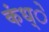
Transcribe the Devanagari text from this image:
कंध्े